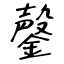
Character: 鏧